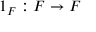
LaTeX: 1 _ { F } : F \to F